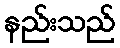
နည်းသည်